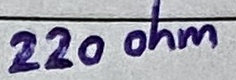
Text: 220 ohm